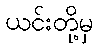
ယင်းတို့မှ